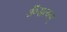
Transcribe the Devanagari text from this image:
ॐसत्यम्